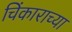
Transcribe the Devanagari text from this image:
चिंकाराच्या